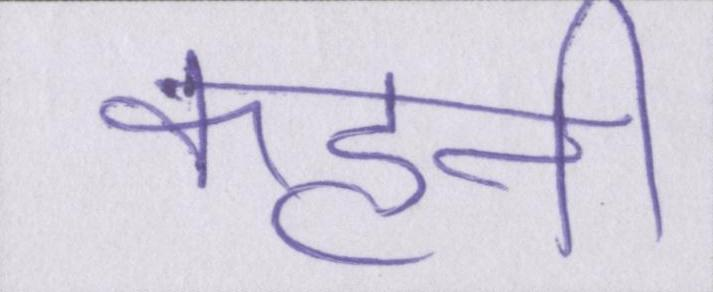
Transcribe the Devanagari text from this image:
कहनी